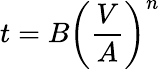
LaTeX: t=B\left({\frac{V}{A}}\right)^{n}